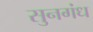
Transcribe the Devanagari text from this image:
सुनगंध